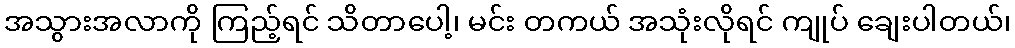
အသွားအလာကို ကြည့်ရင် သိတာပေါ့၊ မင်း တကယ် အသုံးလိုရင် ကျုပ် ချေးပါတယ်၊